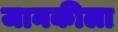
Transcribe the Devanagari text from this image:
जानकीला